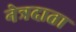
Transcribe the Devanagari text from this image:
नेत्रदाता